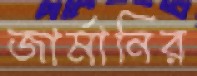
জার্মানির